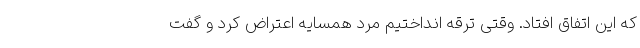
که این اتفاق افتاد. وقتی ترقه انداختیم مرد همسایه اعتراض کرد و گفت